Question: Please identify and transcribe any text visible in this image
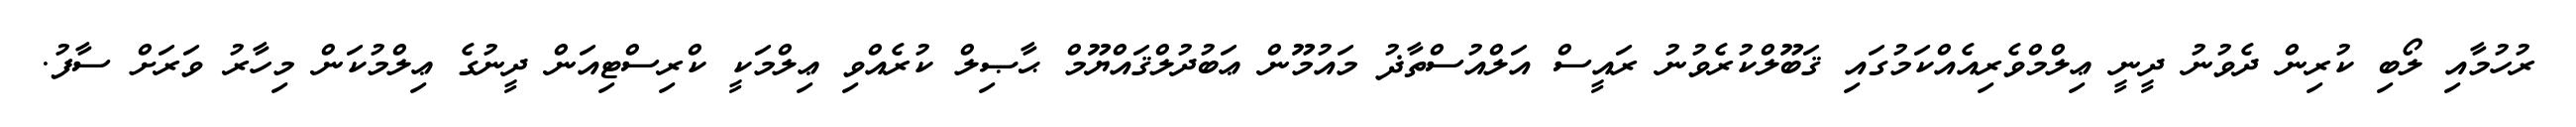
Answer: ރުހުމާއި ލޯބި ކުރިން ދެވުނު ދީނީ ޢިލްމްވެރިއެއްކަމުގައި ޤަބޫލްކުރެވުނު ރައީސް އަލްއުސްތާޛު މައުމޫން ޢަބުދުލްޤައްޔޫމް ޙާޞިލް ކުރެއްވި ޢިލްމަކީ ކްރިސްޓިއަން ދީނުގެ ޢިލްމުކަން މިހާރު ވަރަށް ސާފު.